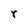
Character: r